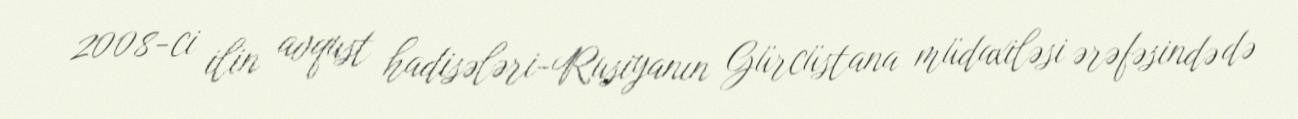
2008-ci ilin avqust hadisələri-Rusiyanın Gürcüstana müdaxiləsi ərəfəsində də